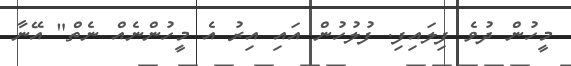
މީހުން ދުވެ ފިލައިފި. ފުލުހުން އައި އިރު އެ މީހުންނެއް ނެތް" އޭނާ